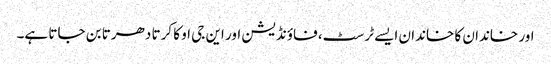
اور خاندان کا خاندان ایسے ٹرسٹ، فاؤنڈیشن اور این جی او کا کرتا دھرتا بن جاتا ہے۔